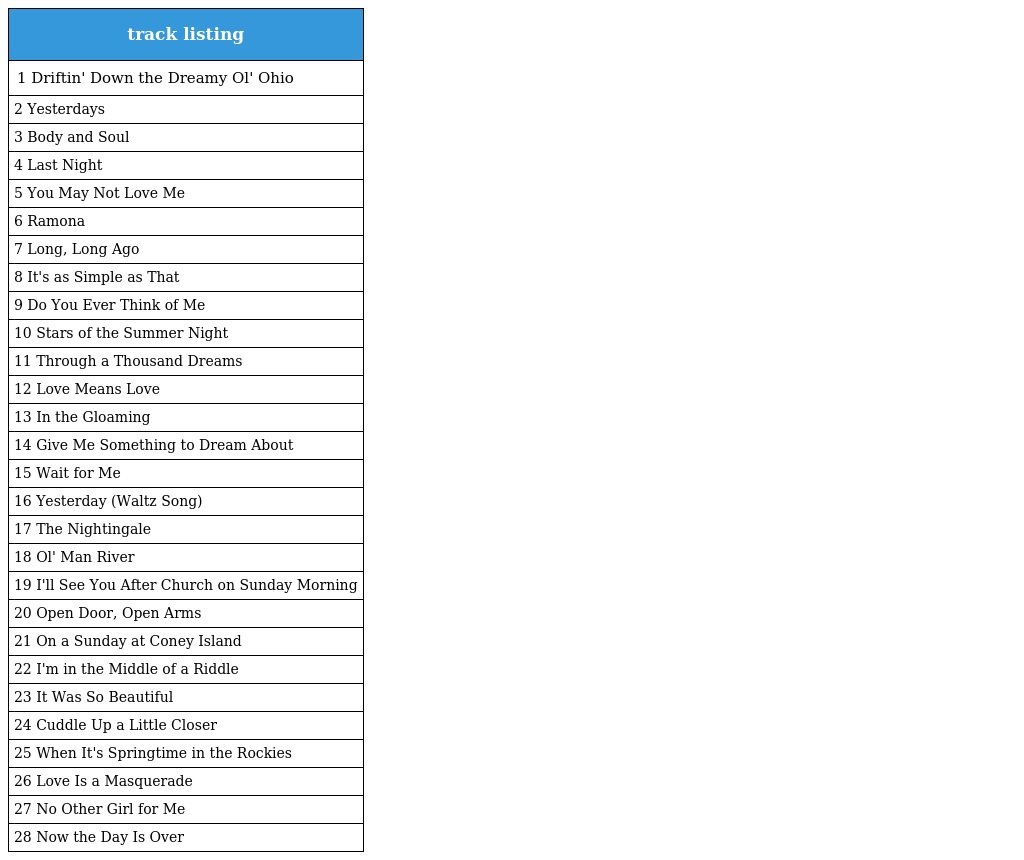
| track listing |
 | --- |
 | 1 Driftin' Down the Dreamy Ol' Ohio |
 | 2 Yesterdays |
 | 3 Body and Soul |
 | 4 Last Night |
 | 5 You May Not Love Me |
 | 6 Ramona |
 | 7 Long, Long Ago |
 | 8 It's as Simple as That |
 | 9 Do You Ever Think of Me |
 | 10 Stars of the Summer Night |
 | 11 Through a Thousand Dreams |
 | 12 Love Means Love |
 | 13 In the Gloaming |
 | 14 Give Me Something to Dream About |
 | 15 Wait for Me |
 | 16 Yesterday (Waltz Song) |
 | 17 The Nightingale |
 | 18 Ol' Man River |
 | 19 I'll See You After Church on Sunday Morning |
 | 20 Open Door, Open Arms |
 | 21 On a Sunday at Coney Island |
 | 22 I'm in the Middle of a Riddle |
 | 23 It Was So Beautiful |
 | 24 Cuddle Up a Little Closer |
 | 25 When It's Springtime in the Rockies |
 | 26 Love Is a Masquerade |
 | 27 No Other Girl for Me |
 | 28 Now the Day Is Over |